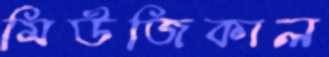
মিউজিকাল